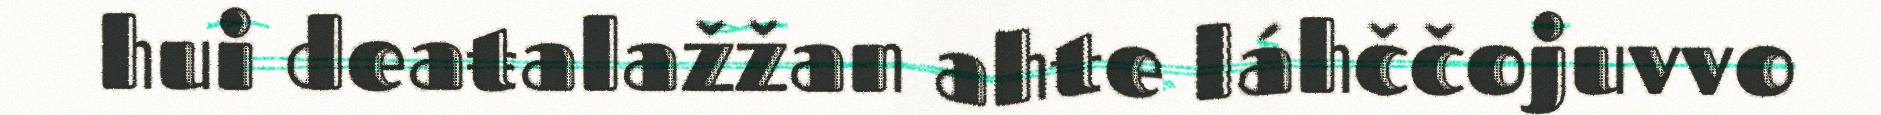
hui deaŧalažžan ahte láhččojuvvo